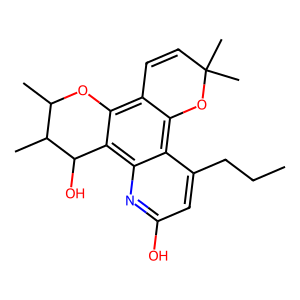
SMILES: CCCc1cc(O)nc2c3c(c4c(c12)OC(C)(C)C=C4)OC(C)C(C)C3O
Inhibits HIV replication: Yes